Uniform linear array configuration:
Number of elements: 64
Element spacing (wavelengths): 0.5
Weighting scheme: hann
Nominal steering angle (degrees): -30
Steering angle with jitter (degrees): -30.331
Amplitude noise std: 0.05
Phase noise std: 0.05

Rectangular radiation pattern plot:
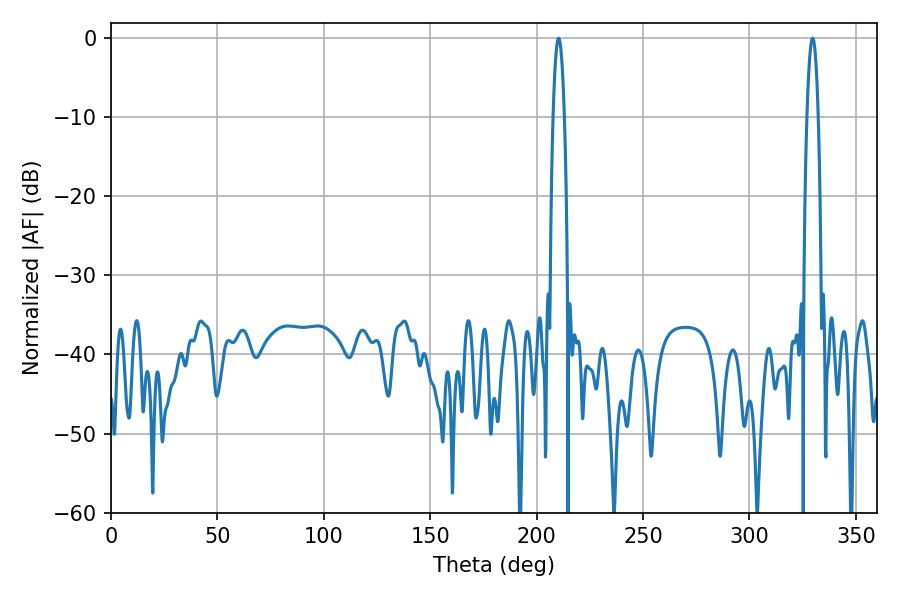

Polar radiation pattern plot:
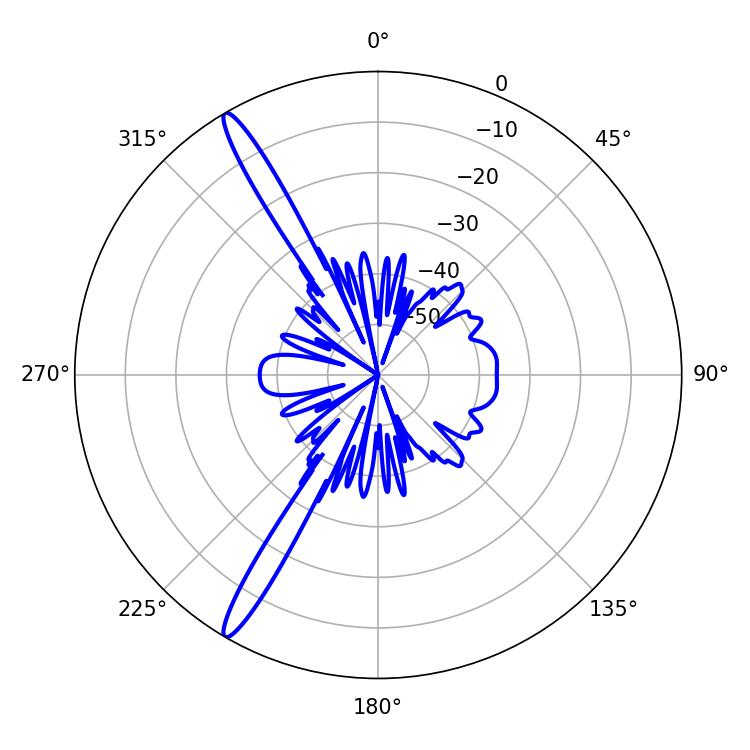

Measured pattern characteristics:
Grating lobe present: FALSE
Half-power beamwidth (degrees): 2.88
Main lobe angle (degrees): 329.76